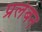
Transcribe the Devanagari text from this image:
प्रलंबन